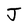
Character: J